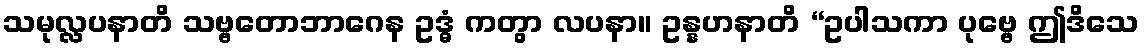
သမုလ္လပနာတိ သဗ္ဗတောဘာဂေန ဥဒ္ဓံ ကတွာ လပနာ။ ဥန္နဟနာတိ “ဥပါသကာ ပုဗ္ဗေ ဤဒိသေ